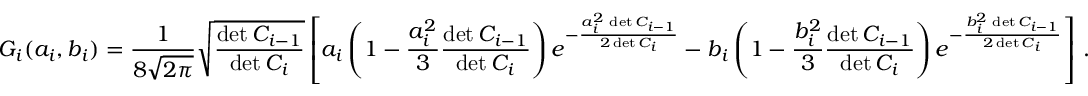
G _ { i } ( a _ { i } , b _ { i } ) = { \frac { 1 } { 8 \sqrt { 2 \pi } } } \sqrt { \frac { \operatorname* { d e t } C _ { i - 1 } } { \operatorname* { d e t } C _ { i } } } \left[ a _ { i } \left( 1 - { \frac { a _ { i } ^ { 2 } } { 3 } } { \frac { \operatorname* { d e t } C _ { i - 1 } } { \operatorname* { d e t } C _ { i } } } \right) e ^ { - { \frac { a _ { i } ^ { 2 } \, \operatorname* { d e t } C _ { i - 1 } } { 2 \operatorname* { d e t } C _ { i } } } } - b _ { i } \left( 1 - { \frac { b _ { i } ^ { 2 } } { 3 } } { \frac { \operatorname* { d e t } C _ { i - 1 } } { \operatorname* { d e t } C _ { i } } } \right) e ^ { - { \frac { b _ { i } ^ { 2 } \, \operatorname* { d e t } C _ { i - 1 } } { 2 \operatorname* { d e t } C _ { i } } } } \right] \, .